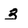
Character: 3